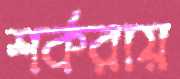
শর্করায়